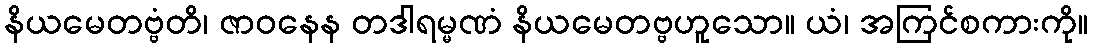
နိယမေတဗ္ဗံတိ၊ ဇာဝနေန တဒါရမ္မဏံ နိယမေတဗ္ဗဟူသော။ ယံ၊ အကြင်စကားကို။